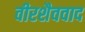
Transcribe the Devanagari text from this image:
वीरशैववाद